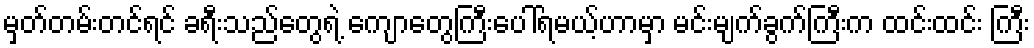
မှတ်တမ်းတင်ရင် ခရီးသည်တွေရဲ့ ကျောတွေကြီးပေါ်ရမယ့်ဟာမှာ မင်းမျက်ခွက်ကြီးက ထင်းထင်း ကြီး